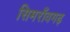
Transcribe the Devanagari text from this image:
सिमराँवगढ़